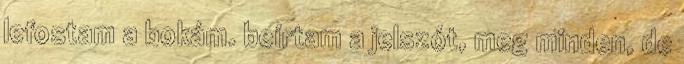
lefostam a bokám. beírtam a jelszót, meg minden, de